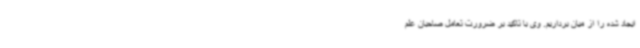
ایجاد شده را از میان برداریم. وی با تاکید بر ضرورت تعامل صاحبان علم